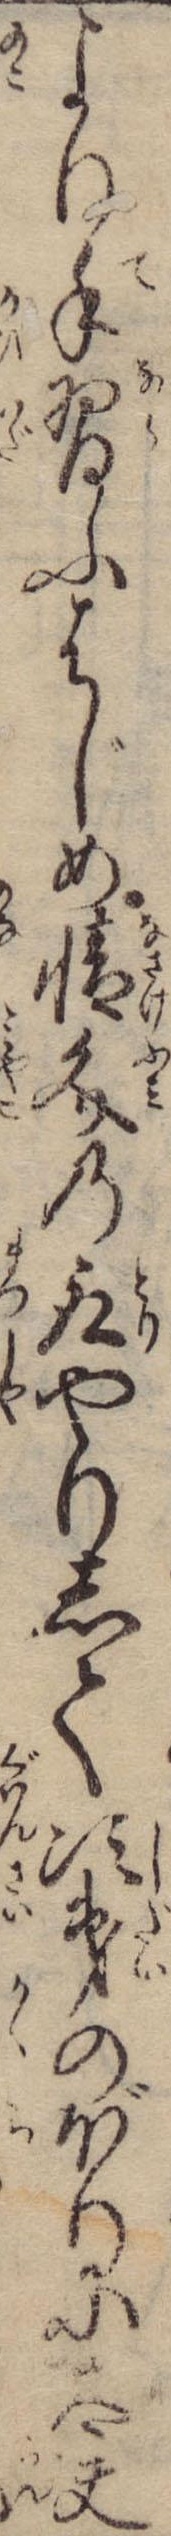
より手習ふはじめ情文の取やりして次第のぼりに太夫